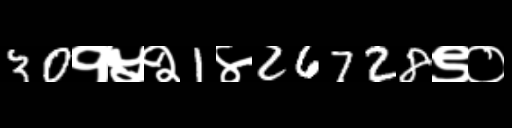
Text: 30१५२1४26728९०